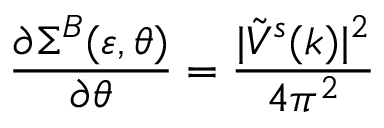
\frac { \partial \Sigma ^ { B } ( \varepsilon , \theta ) } { \partial \theta } = \frac { | \Tilde { V } ^ { s } ( k ) | ^ { 2 } } { 4 \pi ^ { 2 } }